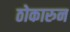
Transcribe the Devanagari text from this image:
ठोकारुन